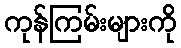
ကုန်ကြမ်းများကို